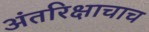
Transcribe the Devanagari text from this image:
अंतरिक्षाचाच